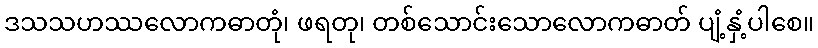
ဒသသဟဿလောကဓာတုံ၊ ဖရတု၊ တစ်သောင်းသောလောကဓာတ် ပျံ့နှံ့ပါစေ။